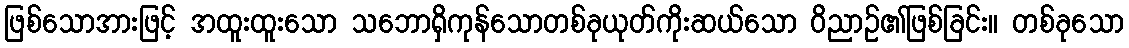
ဖြစ်သောအားဖြင့် အထူးထူးသော သဘောရှိကုန်သောတစ်ခုယုတ်ကိုးဆယ်သော ဝိညာဉ်၏ဖြစ်ခြင်း။ တစ်ခုသော